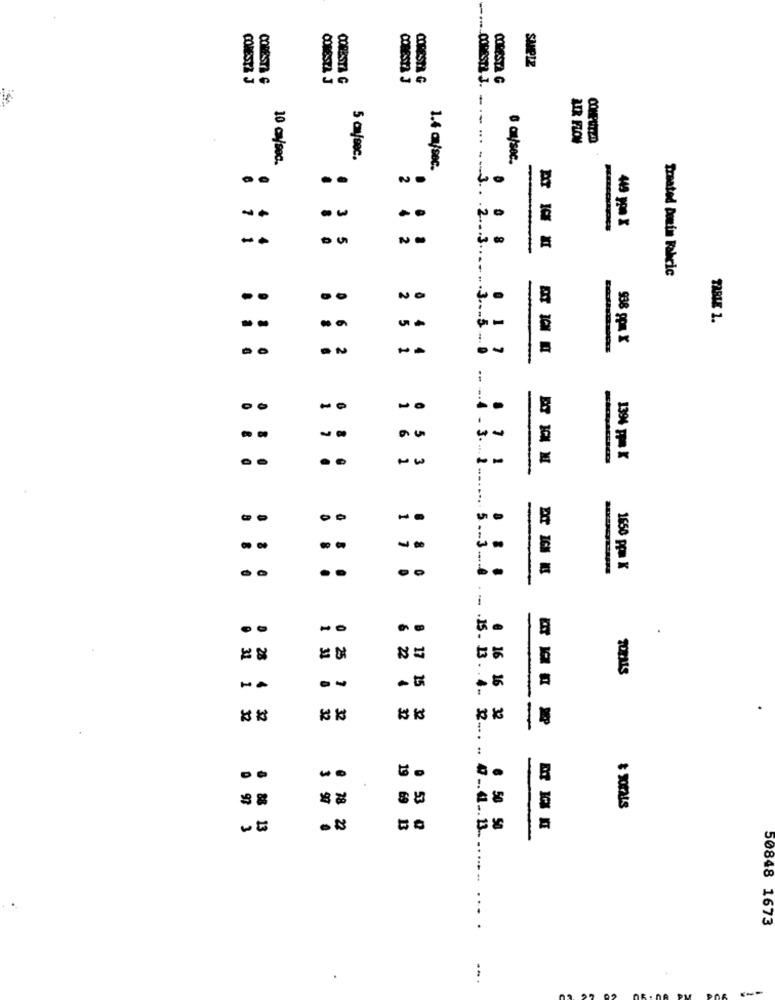
CONESTA J
CORESTA G
CONESTA J
CORESTA G
CORESTA G
18
. ...
AIR FLOW
5 cysec.
10 cm/sec.
1.4 cfsec.
..
1
. 3 5
2 8 3
---
: :
Treated Domin Babcic
..
..
NO
TABLE 1.
--
5
938 gpa X
3 2 3 3
2
1
6
1
1
--
6
..
. .
1
.4. 3 ...
. 1 1
1396 pp= K
3
00
1
.... 5.
7
..
..
1650 ppm K
. . .
0 31
22
17
1 31
0 25
1
15
32
32
32
32
32
32
@ 16 16 32
--
.15 . 13 . . 4 .. 32 .... .
..
3
97
0 53
0 97 3
88 13
ON
78 22
19 69 13
€ 50 50
47 .. 41 .. 13 ...
50848 1673